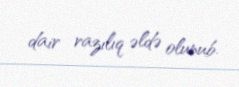
dair razılıq əldə olunub.